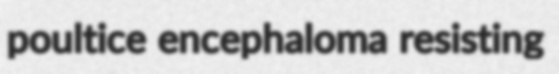
poultice encephaloma resisting